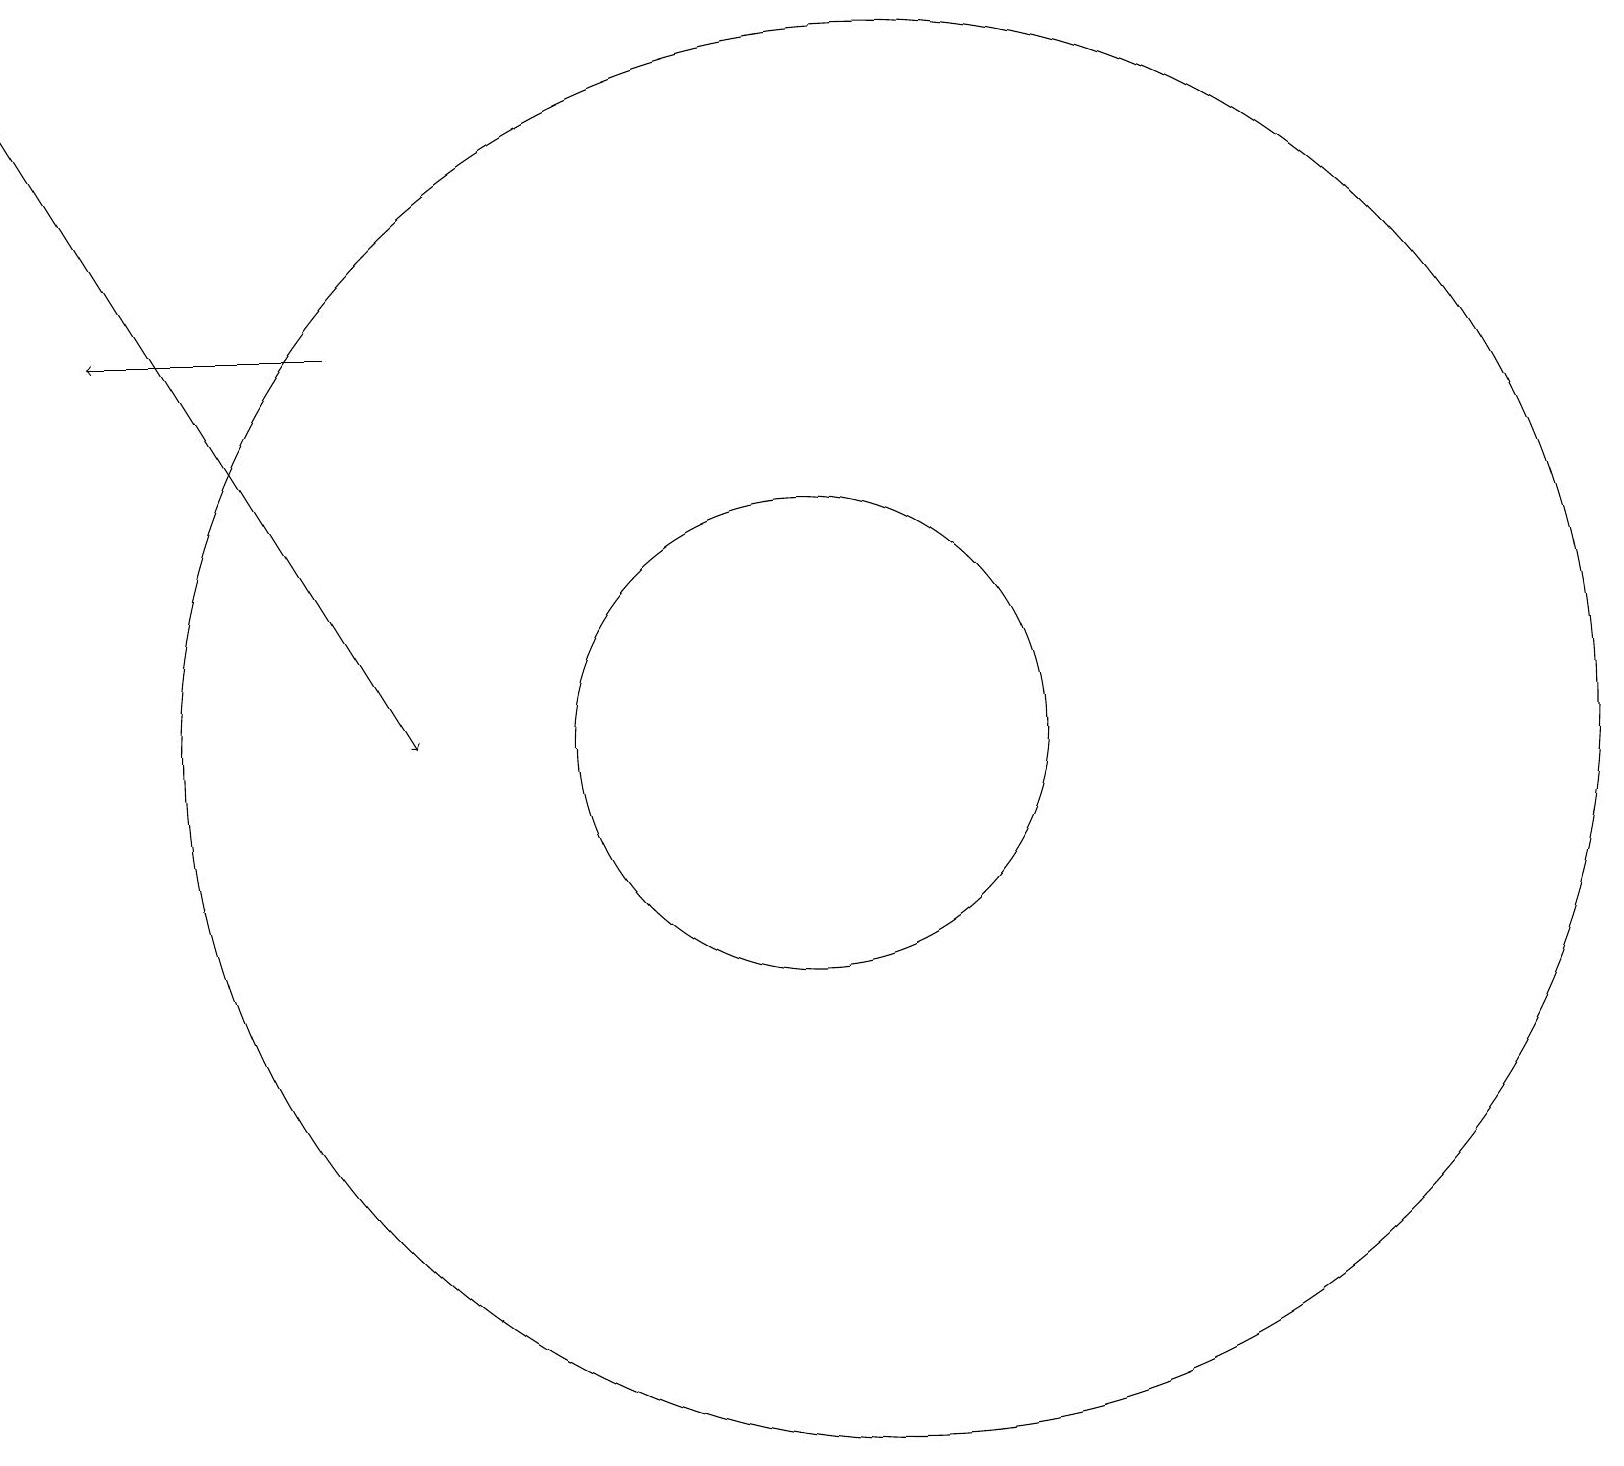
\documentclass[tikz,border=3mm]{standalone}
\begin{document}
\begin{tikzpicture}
\draw (12,11) circle (9);
\draw[->] (5,16) -- (2,16);
\draw[->] (1,19) -- (6,11);
\draw (11,11) circle (3);
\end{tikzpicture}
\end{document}